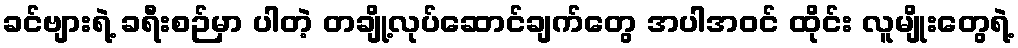
ခင်ဗျားရဲ့ ခရီးစဉ်မှာ ပါတဲ့ တချို့လုပ်ဆောင်ချက်တွေ အပါအဝင် ထိုင်း လူမျိုးတွေရဲ့